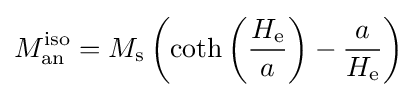
M_{\text{an}}^{\text{iso}}=M_{\text{s}}\left(\coth \left({\frac {H_{\text{e}}}{a}}\right)-{\frac {a}{H_{\text{e}}}}\right)